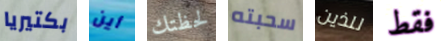
بكتيريا أين لحظتك سحبته للذين فقط